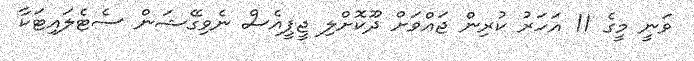
ވަނީ މީގެ 11 އަހަރު ކުރިން ޖައްވަށް ދޫކޮށްލި ޖީޕީއެސް ނެވިގޭޝަން ސެޓެލައިޓަކާ